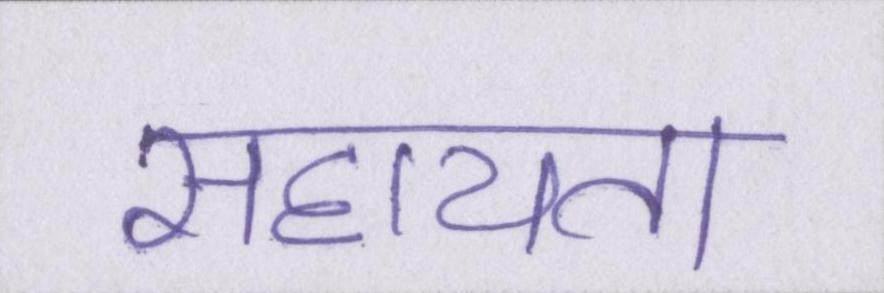
सहायता